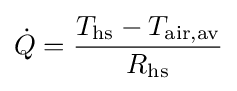
{\dot {Q}}={\frac {T_{\text{hs}}-T_{\text{air,av}}}{R_{\text{hs}}}}